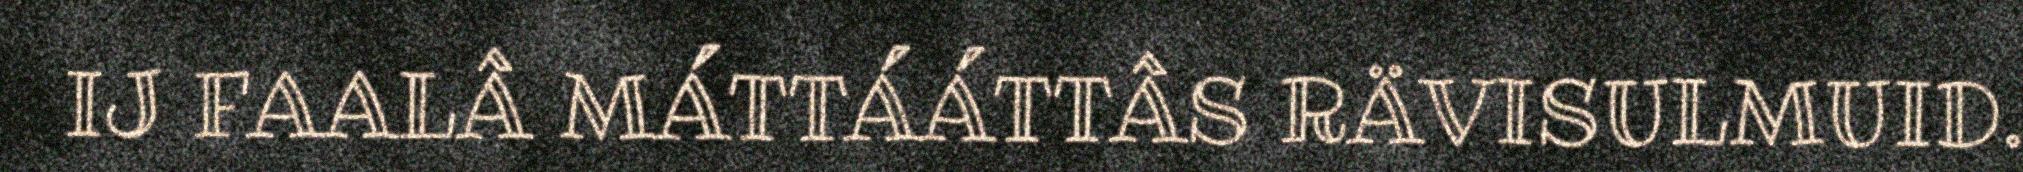
IJ FAALÂ MÁTTÁÁTTÂS RÄVISULMUID.